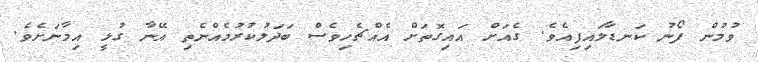
ވުމުން ފޯނު ކަނޑާލައިފިއެވެ. ގެއަށް އައިގޮތަށް އެއްޗެހިވެސް ބަދަލުކުރުމެއްނެތި އޭނާ ގުޅީ އިމާނަށެވެ.